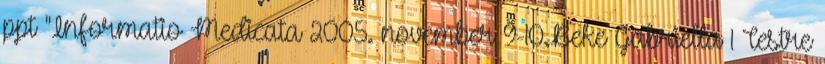
ppt "Informatio Medicata 2005. november 9-10.Beke Gabriella 1 Testre